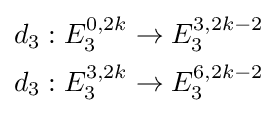
{\begin{aligned}d_{3}:E_{3}^{0,2k}\to E_{3}^{3,2k-2}\\d_{3}:E_{3}^{3,2k}\to E_{3}^{6,2k-2}\end{aligned}}